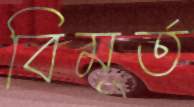
বিমূর্ত